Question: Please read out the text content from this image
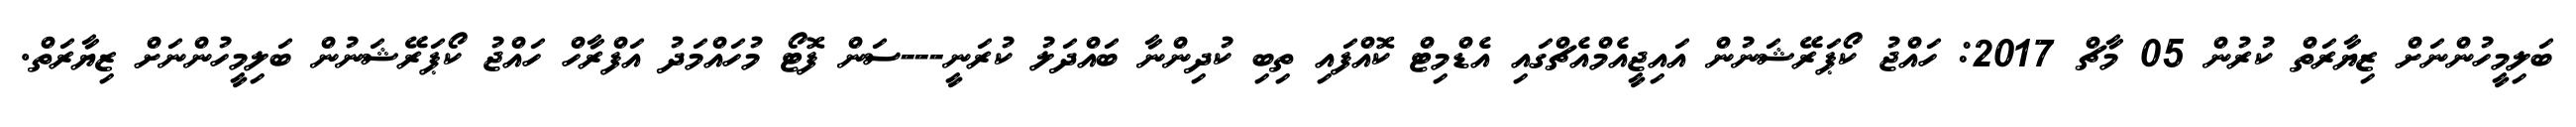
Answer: ބަލިމީހުންނަށް ޒިޔާރަތް ކުރުން 05 މާޗް 2017: ހައްޖު ކޯޕަރޭޝަނުން އައިޖީއެމްއެޗްގައި އެޑްމިޓް ކޮއްފައި ތިބި ކުދިންނާ ބައްދަލު ކުރަނީ---ސަން ފޮޓޯ މުހައްމަދު އަފްރާހް ހައްޖު ކޯޕަރޭޝަނުން ބަލިމީހުންނަށް ޒިޔާރަތް.